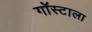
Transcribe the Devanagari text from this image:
गॉस्टाला